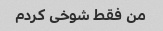
من فقط شوخی کردم